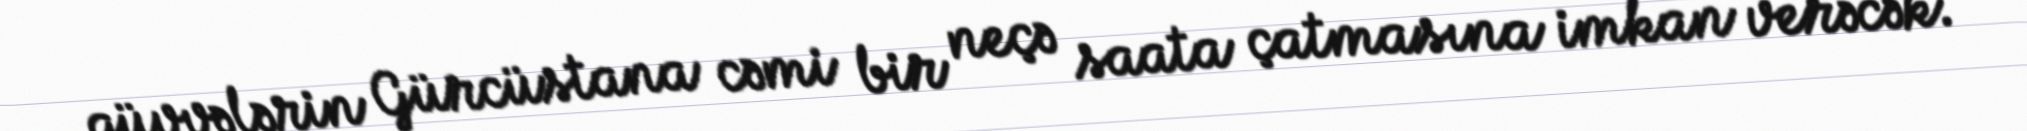
qüvvələrin Gürcüstana cəmi bir neçə saata çatmasına imkan verəcək.